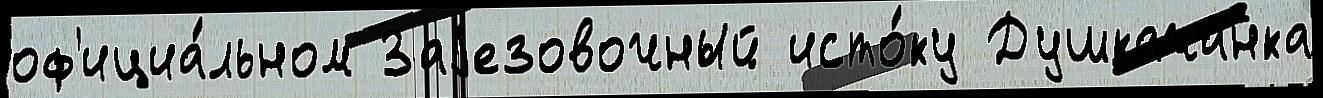
оф'ициа́льном Заjезовочный исто́ку Душкачанка